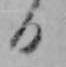
日